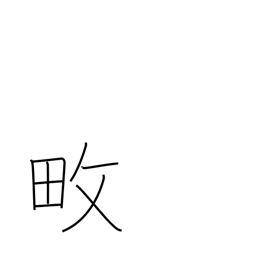
Meaning: cultivate